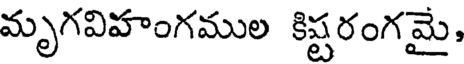
మృగవిహంగముల కిష్టరంగమై,